Leaving Certificate Examination, 1905
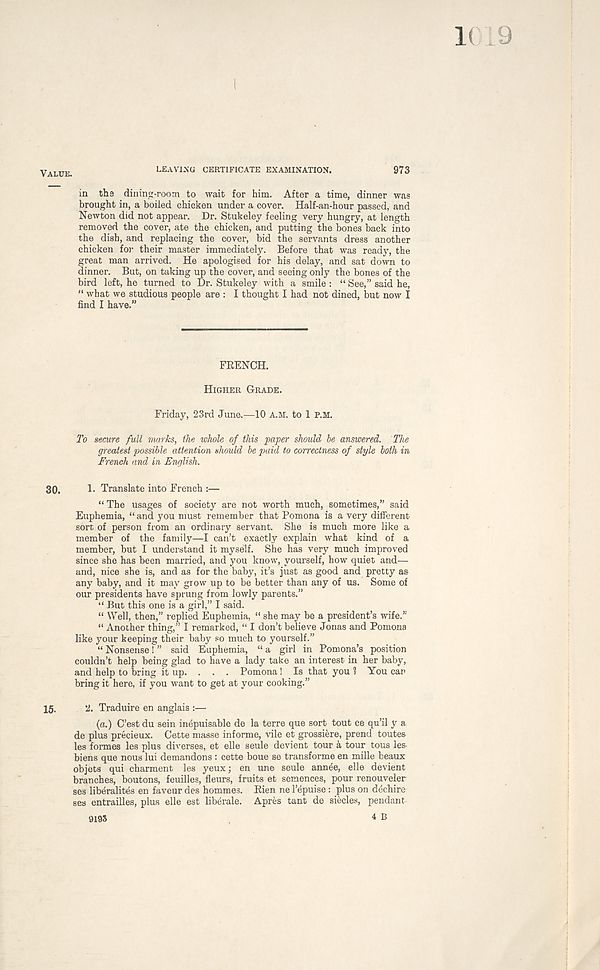
LEAVING CERTIFICATE EXAMINATION.
973
in tha dining-room to wait for him. After a time, dinner was
brought in, a boiled chicken under a cover. Half-an-hour passed, and
Newton did not appear. Dr. Stukeley feeling very hungry, at length
removed the cover, ate the chicken, and putting the bones back into
the dish, and replacing the cover, bid the servants dress another
chicken for their master immediately. Before that was ready, the
great man arrived. He apologised for his delay, and sat down to
dinner. But, on taking up the cover, and seeing only the bones of the
bird left, he turned to Dr. Stukeley with a smile: “ See,” said he,
“ what we studious people are : I thought I had not dined, but now I
find I have.”
FRENCH.
HIGHER GRADE.
Friday, 23rd June.—10 A.M. to 1 P.M.
To secure full marks, the whole of this paper should be answered. The
greatest possible attention should be paid to correctness of style both in
French and in English.
1. Translate into French :—
“ The usages of society are not worth much, sometimes,” said
Euphemia, “and you must remember that Pomona is a very different
sort of person from an ordinary servant. She is much more like a
member of the family—I can’t exactly explain what kind of a
member, but I understand it myself. She has very much improved
since she has been married, and you know, yourself, how quiet and—
and, nice she is, and as for the baby, it’s just as good and pretty as
any baby, and it may grow up to be better than any of us. Some of
our presidents have sprung from lowly parents.”
“ But this one is a girl,” I said.
“ Well, then,” replied Euphemia, “ she may be a president’s wife.”
“ Another thing,” I remarked, “ I don’t believe Jonas and Pomona
like your keeping their baby so much to yourself.”
“ Nonsense! ” said Euphemia, “ a girl in Pomona’s position
couldn’t help being glad to have a lady take an interest in her baby,
and help to bring it up. . . . Pomona! Is that you 1 You can
bring it here, if you want to get at your cooking.”
2. Traduire en anglais :—
(a.) C’est du sein inepuisable de la terre que sort tout ce qu’il y a
de plus precieux. Cette masse informe, vile et grossiere, prend toutes
les formes les plus diverses, et elle seule devient tour k tour tous les-
biens que nous lui demandons : cette boue se transforme en mille beaux
objets qui charment les yeux; en une seule annee, elle devient
branches, boutons, feuilles, fleurs, fruits et semences, pour renouveler
ses liberalites en favour des hommes. Rien ne I’epuise: plus on dechire
ses entrailles, plus elle est liberale. Apres tant de siecles, pendant
9193
4 B